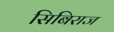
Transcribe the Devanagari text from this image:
सिबिराज